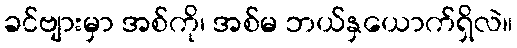
ခင်ဗျားမှာ အစ်ကို၊ အစ်မ ဘယ်နှယောက်ရှိလဲ။